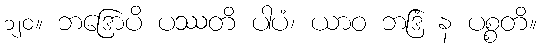
၁၂၀။ ဘဒြောပိ ပဿတိ ပါပံ၊ ယာဝ ဘဒြံ န ပစ္စတိ။